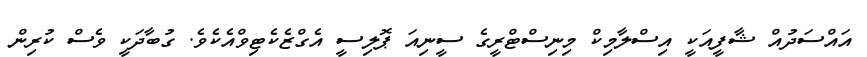
އައްސަދުއް ޝާފީއަކީ އިސްލާމިކް މިނިސްޓްރީގެ ސީނިއަ ޕޮލިސީ އެގްޒެކެޓިވްއެކެވެ. ގުބާދަކީ ވެސް ކުރިން